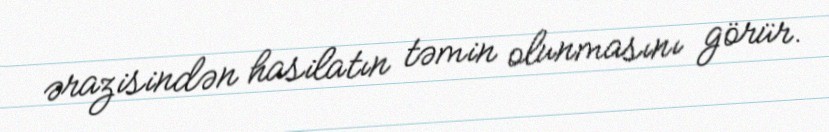
ərazisindən hasilatın təmin olunmasını görür.